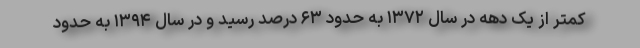
کمتر از یک دهه در سال ۱۳۷۲ به حدود ۶۳ درصد رسید و در سال ۱۳۹۴ به حدود